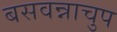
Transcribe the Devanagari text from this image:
बसवन्नाचुप